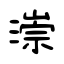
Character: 漴